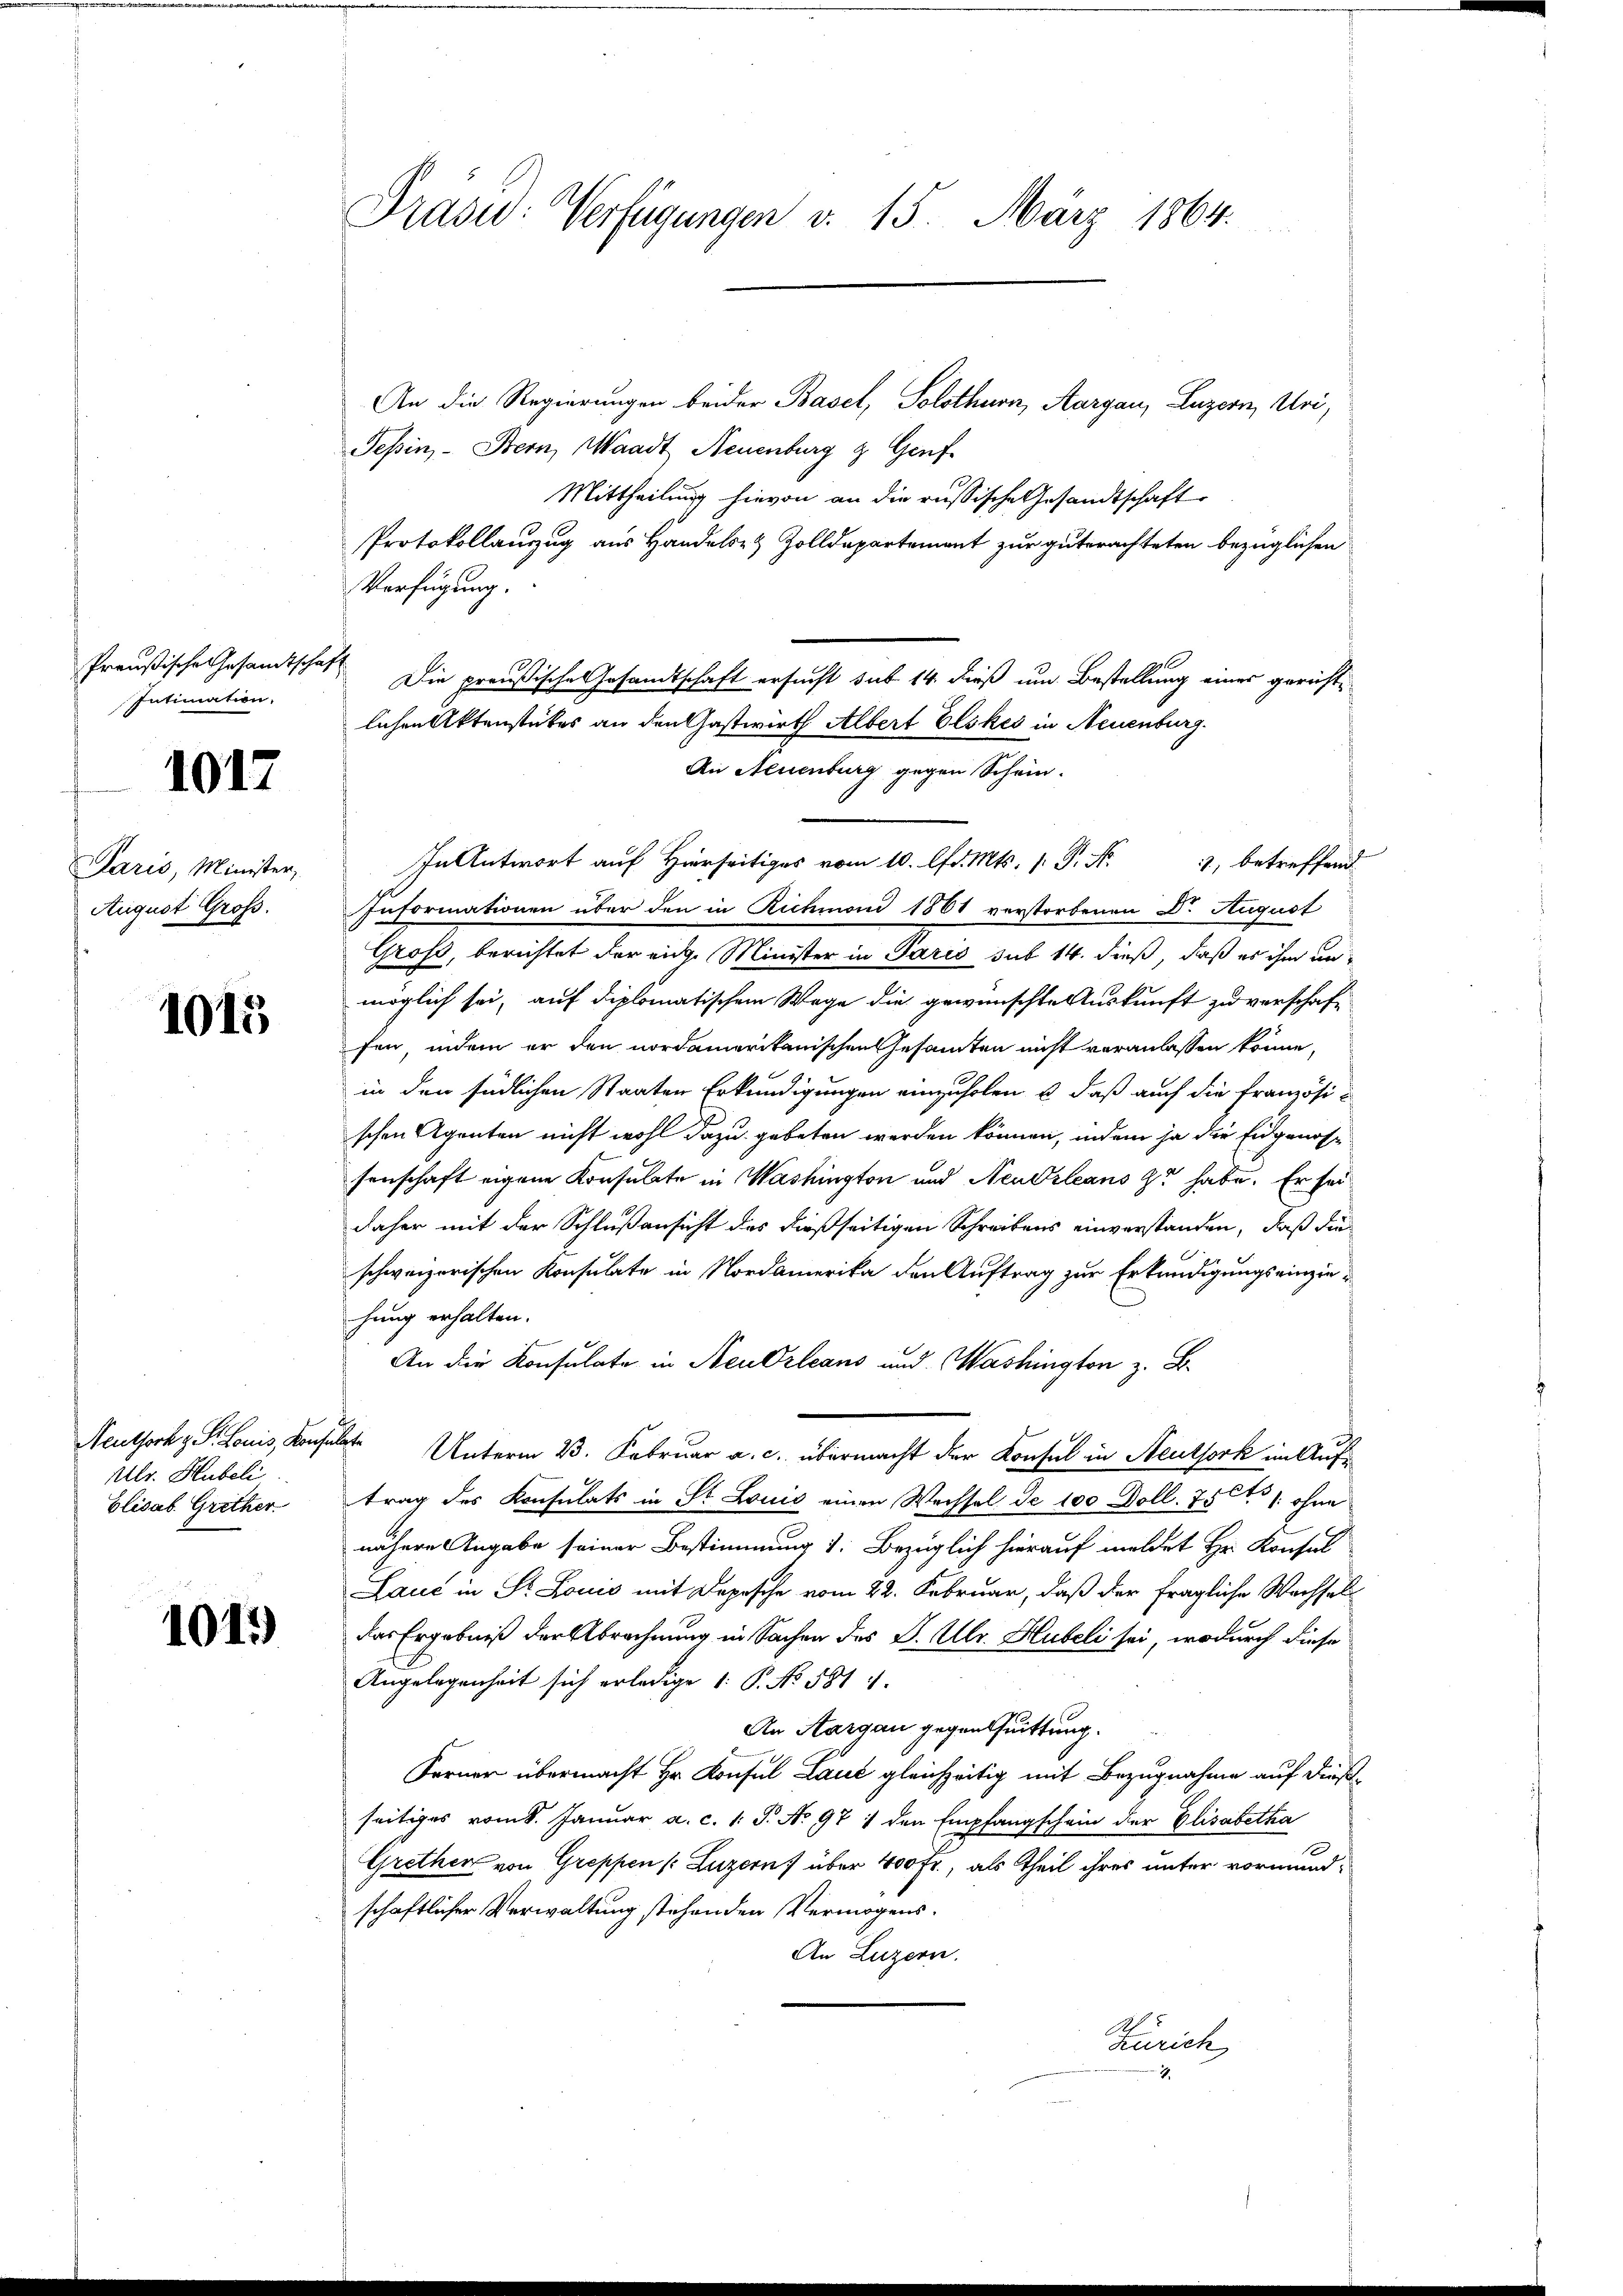
Preußische Gesandtschaft
Intimation.

1017

Paris, Minister,
August Groß.

1015

Neuthork z. S. Louis, Konsulate
Mllr. Hubeli
Elisab. Grether

1015

Präsid: Verfügungen v. 15. März 1864.

An die Regierungen beider Basel, Solothurn, Aargau, Luzern, Uri,
Tessin,- Bern, Waadt, Neuenburg z. Genf
Mittheilung hievon an die russische Gesandtschaft
Protokollauszug aus Handels- & Zolldepartement zur guterachteten bezüglichen
Verfügung.
In Antwort auf Hierseits vom 10. d. Mts. P. N. 3, betreffend
Intormationen über den in Richmoni 1861 verstorbenen Dr. August
Grafe, berichtet, der ante Meister in Paris mit 16. dieß, daß er ihr ande
möglich sei, auf diplomatischem Wege die gewünschte Auskunft zu verschaft
fen, indem er den nordamerikanischen Gesamten nicht veranlassen könne,
in den südlichen Staaten Erkundigungen einzuholen u. daß auch die Französischen Agenten nicht wohl dazu gebeten werden können, indem ja die Eidgenossenschaft eigene Konsulate in Washington und Neudrleans zu habe. Er sei
daher mit der Schlußansicht des dießseitigen Schreibens einverstanden, daß die
schweizerischen Konsulate in Nordamerika den Auftrag zur Erkundigungsrinziehung erhalten.
An die Konsulate in Neudrleans und Washington z. B.
Unterm 23. Februar a. c. übermacht der Konsul in Neuthork im Auftrag des Konsulats in St. Louis einen Wechsel de 100 Doll. 750 s. ohne
nähere Angabe seiner Bestimmung 1. Bezüglich hierauf meldet Hr. Konsul
Laue in St. Louis mit Depesche vom 22. Februar, daß der fragliche Wachsel
das Ergebniß der Abrechnung in Sachen des P. Ulr. Hubeli sei, wodurch diese
Angelegenheit sich erledige 1: P. No. 581 1.
An Aargau gegentuittung.
Ferner übermacht Hr. Konsul Laut gleichzeitig mit Bezugnahme auf dießseitiges vom 8. Januar a. c. 1. P. No 971 den Empfangschein der Elisabetha
Grethen von Greppen (Luzern) über 400 fr., als Theil ihres unter vormund-
schaftlicher Verwaltung stehenden Vermögens¬
An Luzern.
Zürich

Die preußische Gesandtschaft ersucht sub 14. dieß um Bestellung eines gerichte
lichen Aktenstückes an den Gastwirth Albert Elskes in Neuenburg.
An Neuenburg gegen Schein.